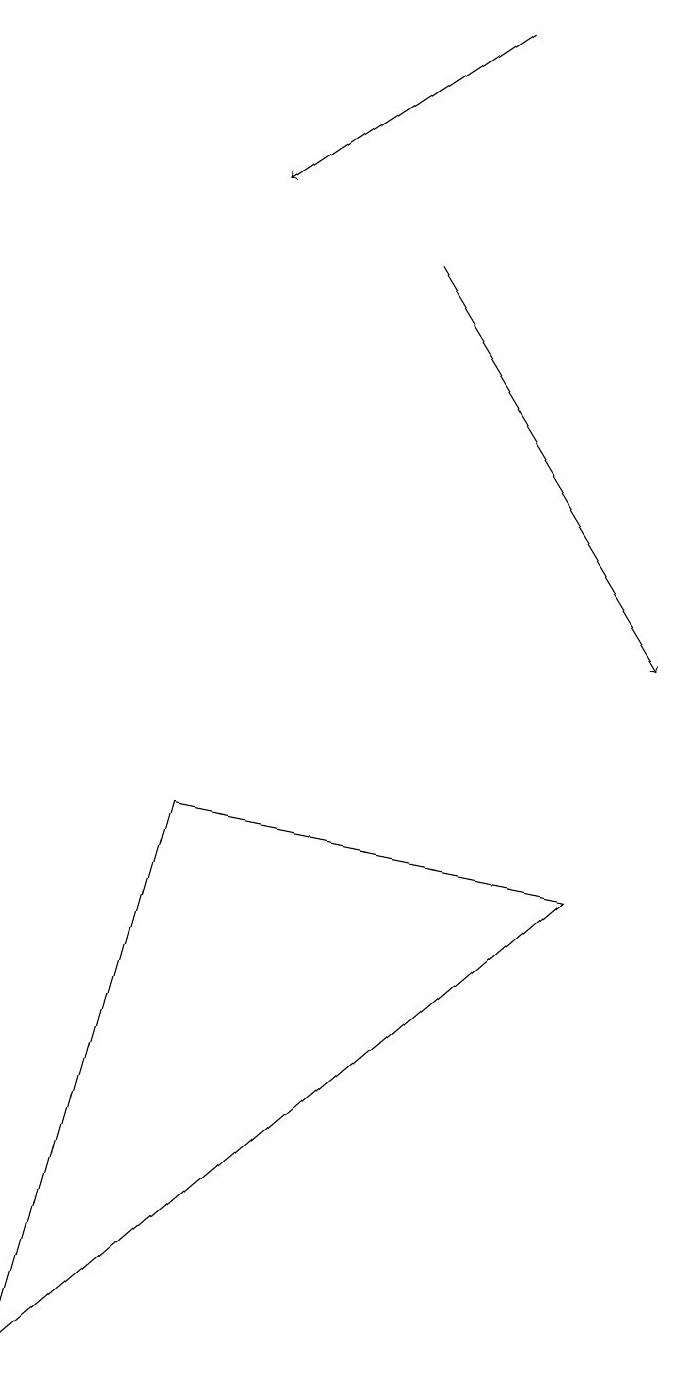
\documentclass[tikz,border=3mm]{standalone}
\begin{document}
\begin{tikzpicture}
\draw[->] (6,16) -- (9,11);
\draw (8,8) -- (3,9) -- (1,2) -- cycle;
\draw[->] (7,19) -- (4,17);
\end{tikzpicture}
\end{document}